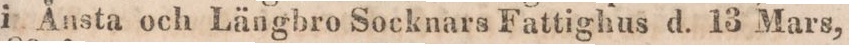
i Ånsta och Längbro Socknars Fattighus d. 13 Mars,